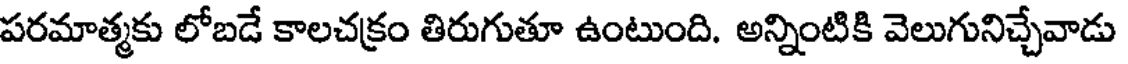
పరమాత్మకు లోబడే కాలచక్రం తిరుగుతూ ఉంటుంది. అన్నింటికి వెలుగునిచ్చేవాడు